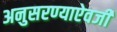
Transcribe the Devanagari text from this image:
अनुसरण्‍याऐवजी